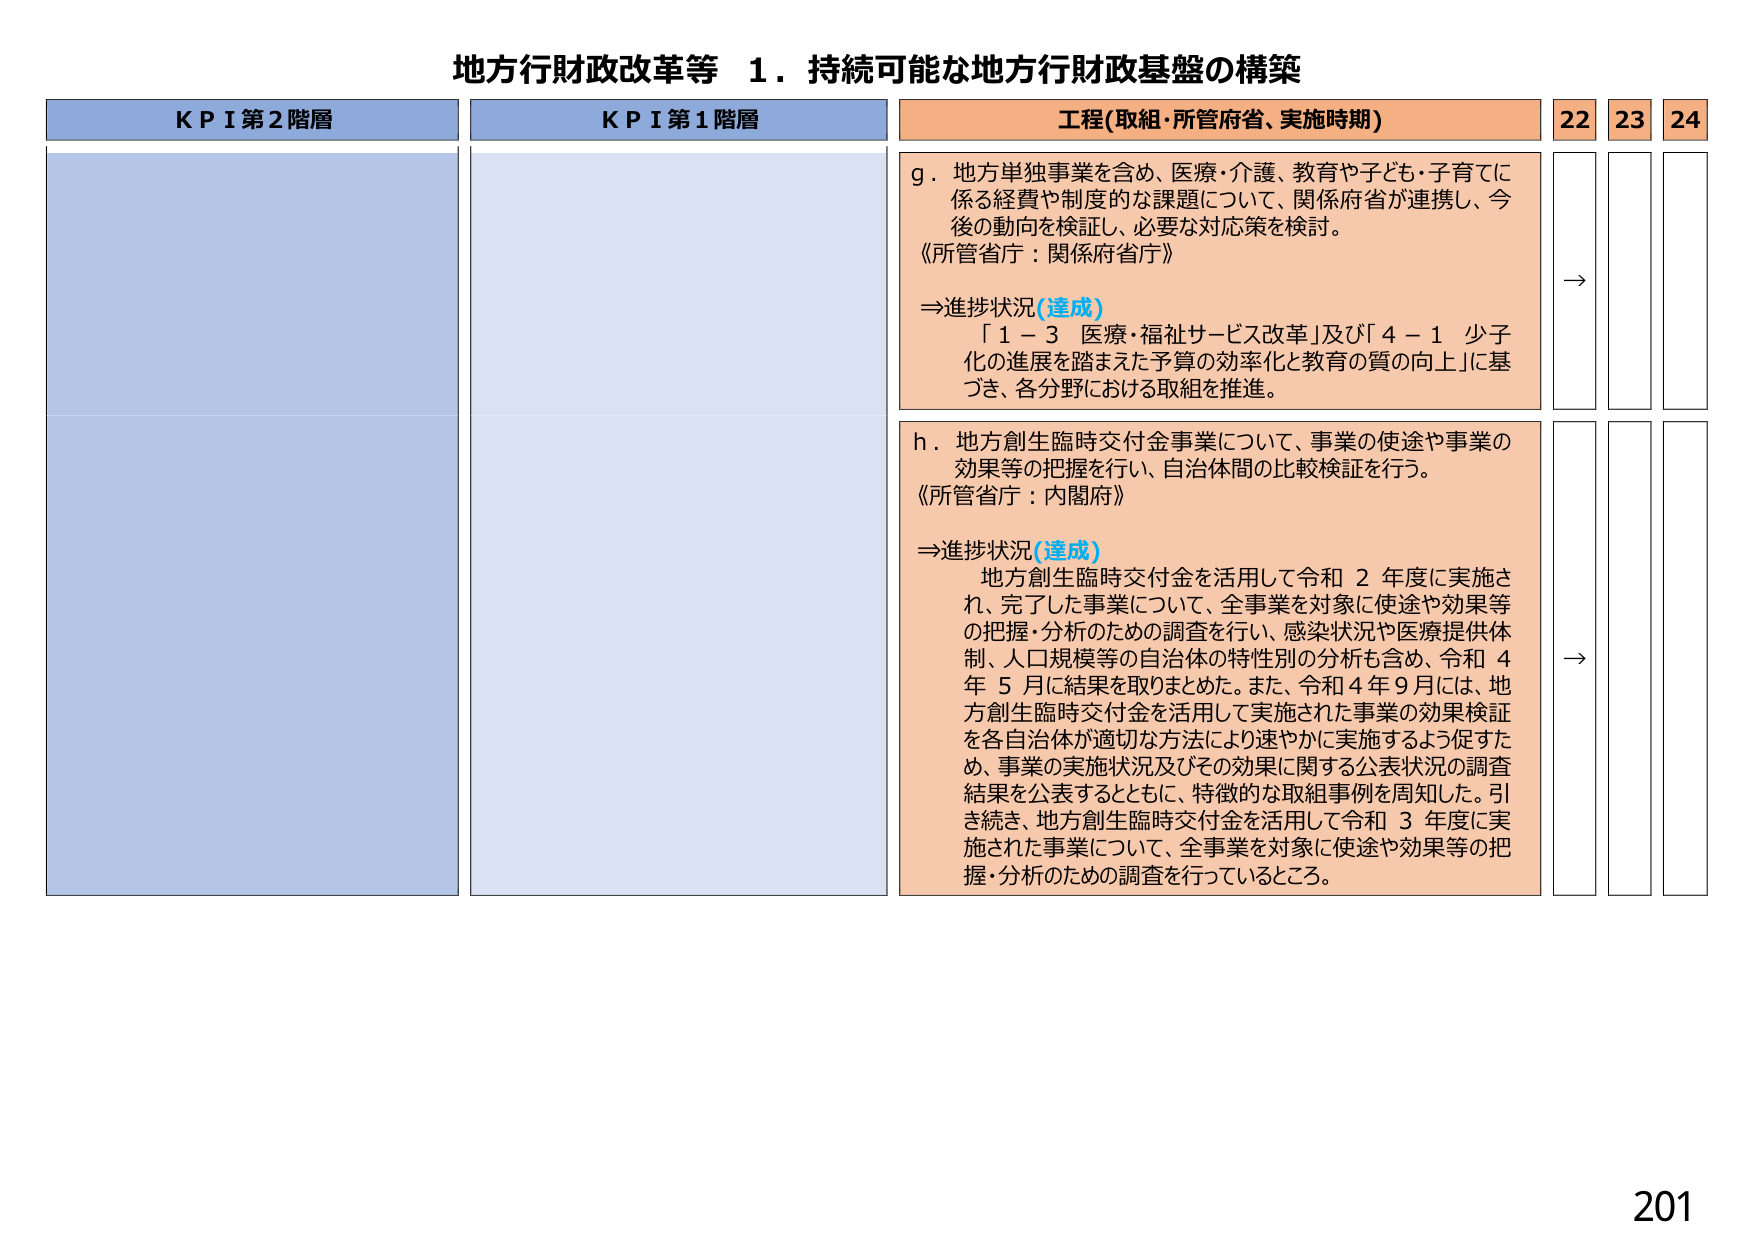
地方行財政改革等 １．持続可能な地方行財政基盤の構築

KPI第2階層
KPI第1階層
工程(取組・所管府省、実施時期)
22
23
24

g．地方単独事業を含め、医療・介護、教育や子ども・子育てに
係る経費や制度的な課題について、関係府省が連携し、今
後の動向を検証し、必要な対応策を検討。
《所管省庁：関係府省庁》
⇒進捗状況(達成)
「１－３ 医療・福祉サービス改革」及び「４－１ 少子
化の進展を踏まえた予算の効率化と教育の質の向上」に基
づき、各分野における取組を推進。

→

h．地方創生臨時交付金事業について、事業の使途や事業の
効果等の把握を行い、自治体間の比較検証を行う。
《所管省庁：内閣府》
⇒進捗状況(達成)
地方創生臨時交付金を活用して令和２年度に実施さ
れ、完了した事業について、全事業を対象に使途や効果等
の把握・分析のための調査を行い、感染状況や医療提供体
制、人口規模等の自治体の特性別の分析も含め、令和４
年５月に結果を取りまとめた。また、令和４年９月には、地
方創生臨時交付金を活用して実施された事業の効果検証
を各自治体が適切な方法により速やかに実施するよう促すた
め、事業の実施状況及びその効果に関する公表状況の調査
結果を公表するとともに、特徴的な取組事例を周知した。引
き続き、地方創生臨時交付金を活用して令和３年度に実
施された事業について、全事業を対象に使途や効果等の把
握・分析のための調査を行っているところ。

→

201